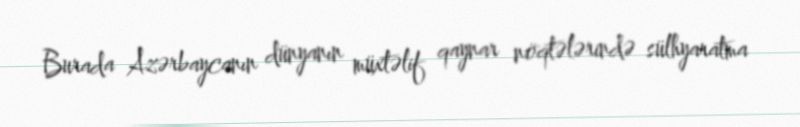
Burada Azərbaycanın dünyanın müxtəlif qaynar nöqtələrində sülhyaratma